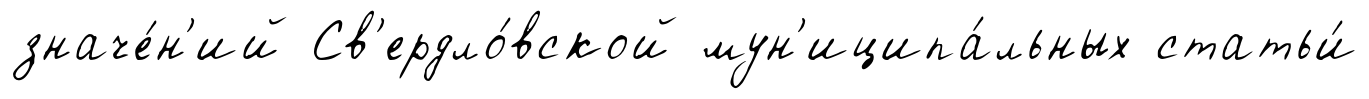
значе́н'ий Св'ердло́вской мун'иципа́льных статьи́